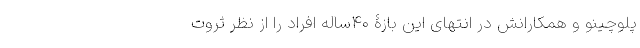
پلوچینو و همکارانش در انتهای این بازۀ ۴۰ساله افراد را از نظر ثروت